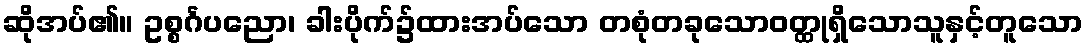
ဆိုအပ်၏။ ဥစ္စင်္ဂပညော၊ ခါးပိုက်၌ထားအပ်သော တစုံတခုသောဝတ္ထုရှိသောသူနှင့်တူသော